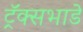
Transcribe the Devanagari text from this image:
ट्रॅक्सभाडे